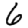
Digit: 6